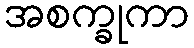
အစက္ခုကာ